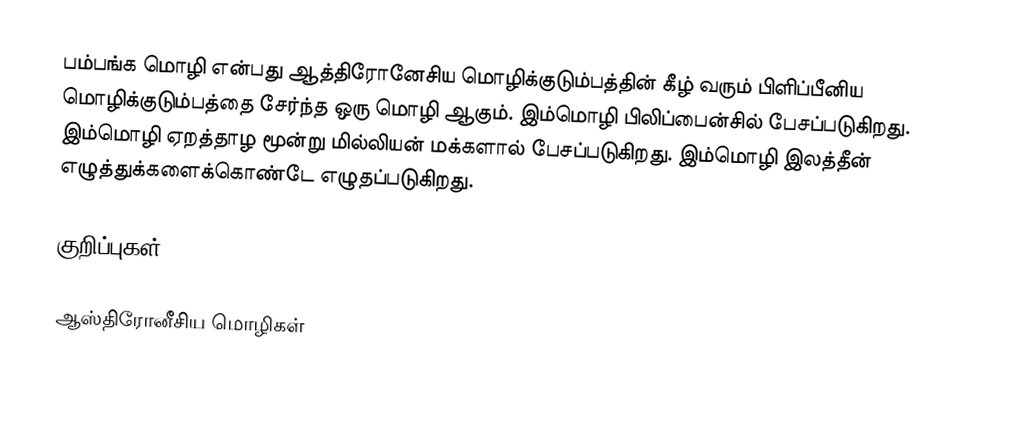
பம்பங்க மொழி என்பது ஆத்திரோனேசிய மொழிக்குடும்பத்தின் கீழ் வரும் பிளிப்பீனிய மொழிக்குடும்பத்தை சேர்ந்த ஒரு மொழி ஆகும். இம்மொழி பிலிப்பைன்சில் பேசப்படுகிறது. இம்மொழி ஏறத்தாழ மூன்று மில்லியன் மக்களால் பேசப்படுகிறது. இம்மொழி இலத்தீன் எழுத்துக்களைக்கொண்டே எழுதப்படுகிறது.

குறிப்புகள்

ஆஸ்திரோனீசிய மொழிகள்